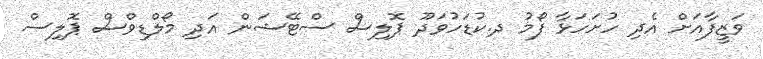
ވަޒީފާއަށް އެދި ހުށަހަޅާ ފޯމު ދ.ކުޑަހުވަދޫ ޕޮލިސް ސްޓޭޝަން އަދި މޯލްޑިވްސް ޕޮލިސް